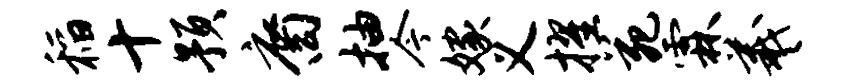
稻十预裔抽今嫁义擢苑霖羲